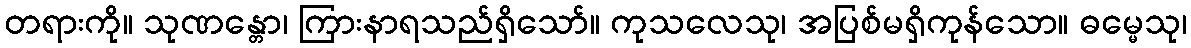
တရားကို။ သုဏန္တော၊ ကြားနာရသည်ရှိသော်။ ကုသလေသု၊ အပြစ်မရှိကုန်သော။ ဓမ္မေသု၊